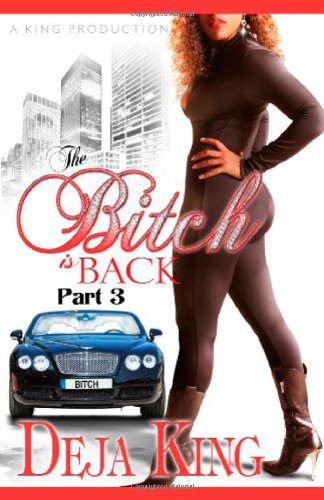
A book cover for The Bitch Is Back (Part 3); Joy Deja King; Literature & Fiction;